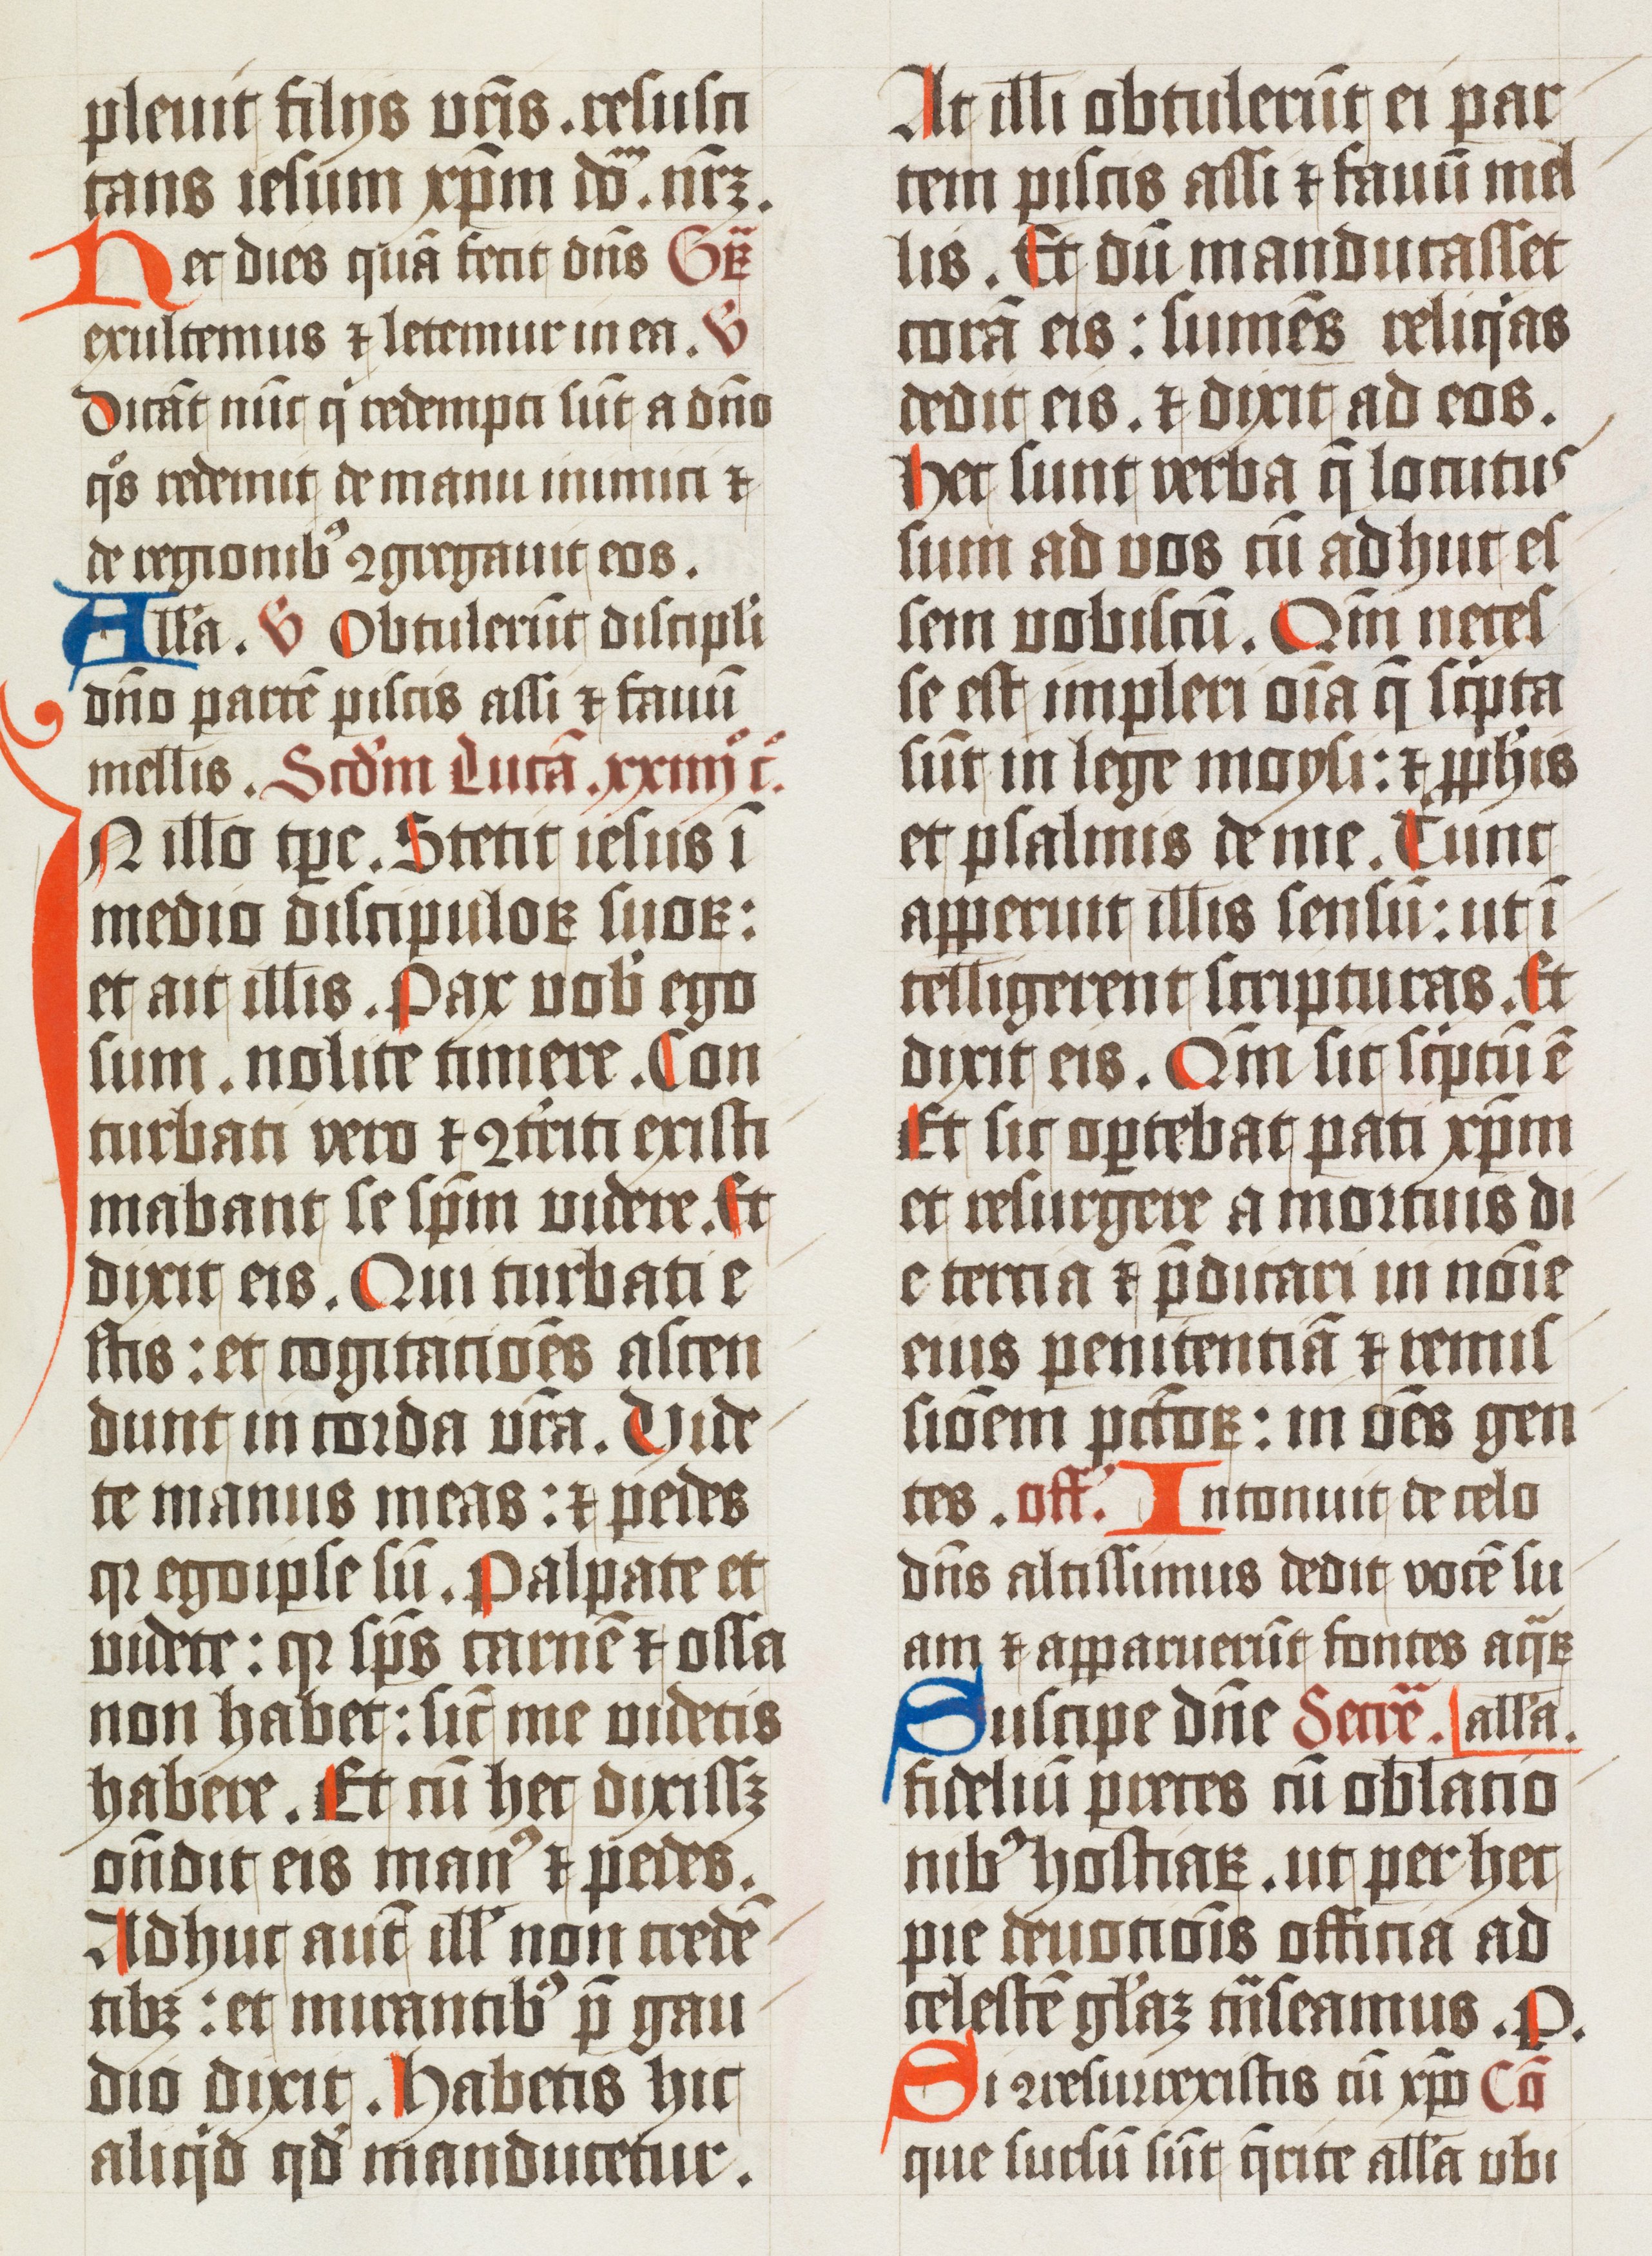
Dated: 1502–1527